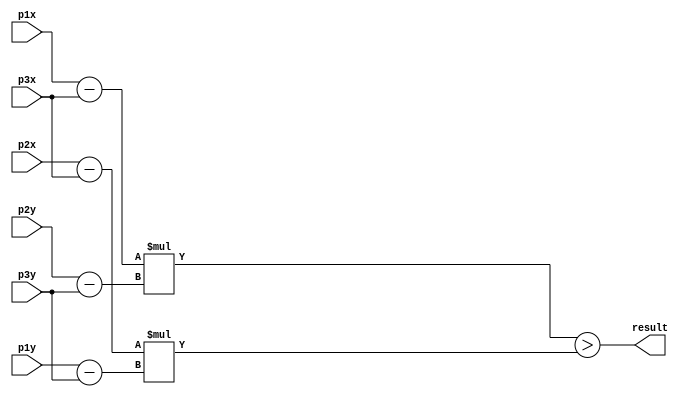
module calc(
    input [10:0] p1x,
    input [10:0] p1y,
    input [10:0] p2x,
    input [10:0] p2y,
    input [10:0] p3x,
    input [10:0] p3y,
    output result
);

//result = (((p1.x - p3.x)*(p2.y - p3.y)) - ((p2.x - p3.x)*(p1.y - p3.y)));

wire signed [11:0] s1;
wire signed [11:0] s2;
wire signed [11:0] s3;
wire signed [11:0] s4;
wire signed [23:0] m1;
wire signed [23:0] m2;

assign s1 = p1x - p3x;
assign s2 = p2y - p3y;
assign s3 = p2x - p3x;
assign s4 = p1y - p3y;
assign m1 = s1 * s2;
assign m2 = s3 * s4;
assign result = m1 > m2;

endmodule


module memory(
        input [11:0] address,
        input write,
        input data_in,
		output data_out
        );

reg mem [4096:0];

assign data_out = write ? 1'bz : mem[address];

always @(write) begin
	if(write == 1)begin
		$display("Address[%d] = %d\n", address, data_in);
		mem[address] <= data_in;
	end
end

endmodule


module trabalho6;

integer triangleList;
integer points;
integer out;
integer scan_triangles;
integer scan_points;

reg [10:0] p1x;
reg [10:0] p1y;
reg [10:0] p2x;
reg [10:0] p2y;
reg [10:0] p3x;
reg [10:0] p3y;
reg [10:0] Px;
reg [10:0] Py;

reg clk = 0;
reg endPoints = 0;
reg wr = 0;
reg readT = 0;
reg readP = 0;
reg rewind = 0;
reg [2:0] count = 0;
reg [11:0] address = 0;
reg [11:0] last;

wire data_in, data_out;

wire s1, s2, s3, t1;

memory RAM(address, wr, data_in, data_out);

calc S1(p1x, p1y, p2x, p2y, p3x, p3y, t1);
calc S2(p1x, p1y, p2x, p2y, Px, Py, s1);
calc S3(p2x, p2y, p3x, p3y, Px, Py, s2);
calc S4(p3x, p3y, p1x, p1y, Px, Py, s3);

assign data_in = (t1 == s1 && s1 == s2 && s2 == s3);

initial begin
    triangleList = $fopen("TrianglePoints.txt", "r");
    points = $fopen("TestPoints.txt", "r");
	out = $fopen("VerilogOut.txt", "w");

    if (triangleList == 0 || points == 0 || out == 0) begin
        $display("Falha ao abrir arquivo");
        $finish;
    end
end


always #1 clk = ~clk;

always @(posedge clk) begin
	
	if (endPoints == 1) begin
		address <= 0;
		count <= 6;
	end
	else count <= count + 1;

	case(count)
		1: begin
			readP <= 1;
			rewind <= 0;
		end
		2: begin
			readP <= 0;
			readT <= 1;
		end
		3: begin
			readT <= 0;
			if (rewind == 1) begin
				scan_triangles = $rewind(triangleList);
				count <= 1;
			end
			else begin
				wr <= 1;
			end
		end
		4: begin
			wr <= 0;
			
		end
		5: begin
			address <= address + 1;
			count <= 2;
		end
		6: begin
			if(address != last) begin
				$fwrite(out, "%d\n", data_out);
				$display("READ Address[%d] = %d\n", address, data_out);
				address <= address + 1;
			end
			else if(address == last) $finish;
		end
	endcase
end


always @(posedge readP) begin
	if(readP == 1)begin
		if (!$feof(points)) scan_points = $fscanf(points, "%d %d\n", Px, Py);
		else begin
			endPoints <= 1;
			last <= address;
		end
	end
end

always @(posedge readT) begin
	if(readT == 1)begin
		if (!$feof(triangleList)) scan_triangles = $fscanf(triangleList, "%d %d %d %d %d %d\n", p1x, p1y, p2x, p2y, p3x, p3y);
		else rewind <= 1;
	end
end

endmodule